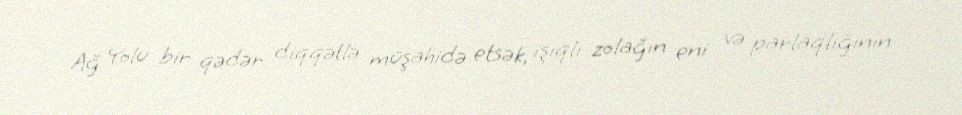
Ağ Yolu bir qədər diqqətlə müşahidə etsək, işıqlı zolağın eni və parlaqlığının